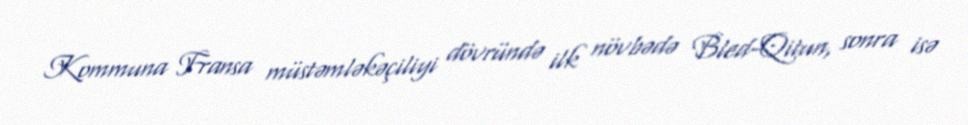
Kommuna Fransa müstəmləkəçiliyi dövründə ilk növbədə Bled-Qitun, sonra isə